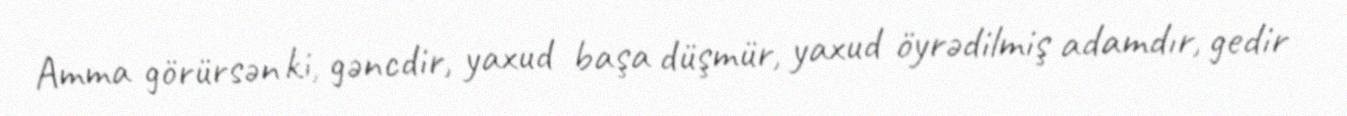
Amma görürsən ki, gəncdir, yaxud başa düşmür, yaxud öyrədilmiş adamdır, gedir